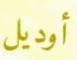
أوديل